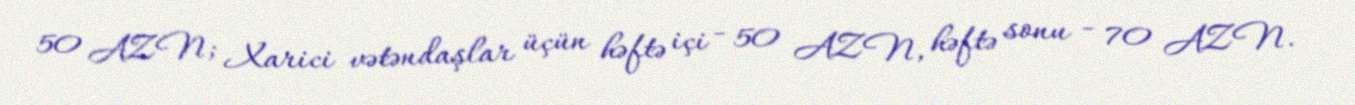
50 AZN; Xarici vətəndaşlar üçün həftə içi - 50 AZN, həftə sonu - 70 AZN.